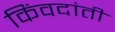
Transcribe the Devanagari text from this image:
किंवदांती